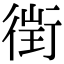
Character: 𧗲